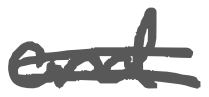
Text: and
Cross-out: double-line
Writing tool: digital_gray